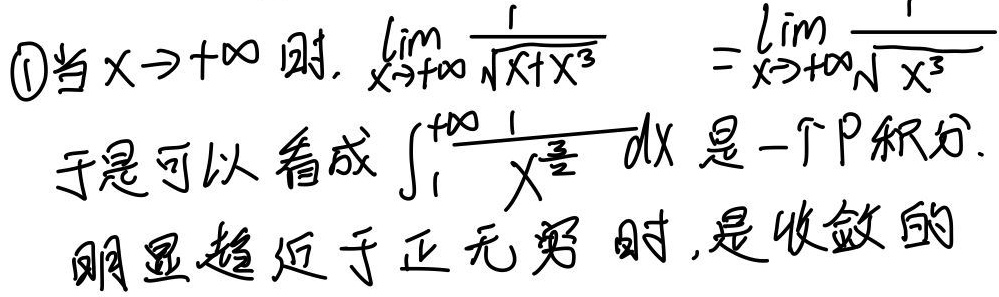
\textcircled{1}当\(x \to +\infty\)时，
\(\lim\limits_{x \to +\infty} \frac{1}{\sqrt{x + x^{3}}}=\lim\limits_{x \to +\infty} \frac{1}{\sqrt{x^{3}}}\)
于是可以看成\(\int_{1}^{+\infty} \frac{1}{x^{\frac{3}{2}}} dx\)是一个\(P\)积分。明显趋近于正无穷时，是收敛的。